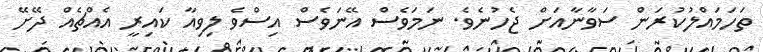
ތަހަމައްލުކުރަން ސަވާނާއަށް ޖެހުނެވެ. ނަމަވެސް އޭނަވެސް އިސްވެ ލިވިއާ ކައިރީ އެއްޗެއް ދޭށޭ